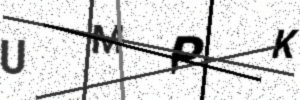
Text: UMPK